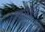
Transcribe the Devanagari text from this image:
कमोडो